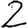
Digit: 2